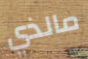
مالذي